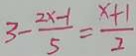
3 - \frac { 2 x - 1 } { 5 } = \frac { x + 1 } { 2 }